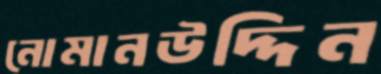
নোমানউদ্দিন